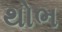
થોભ